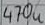
Text: 470u